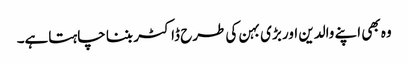
وہ بھی اپنے والدین اور بڑی بہن کی طرح ڈاکٹر بننا چاہتاہے۔